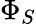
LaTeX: \Phi_{S}